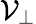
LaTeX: \mathcal{V}_{\perp}